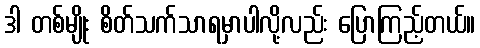
ဒါ တစ်မျိုး စိတ်သက်သာရမှာပါလို့လည်း ပြောကြည့်တယ်။